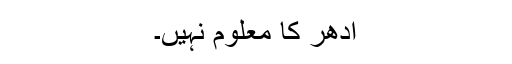
اُدھر کا معلوم نہیں۔